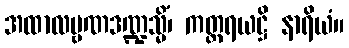
အထာလမ္ဗဏဒဏ္ဍသ္မိံ၊ ကတ္တရယဋ္ဌိ နာရိယံ။